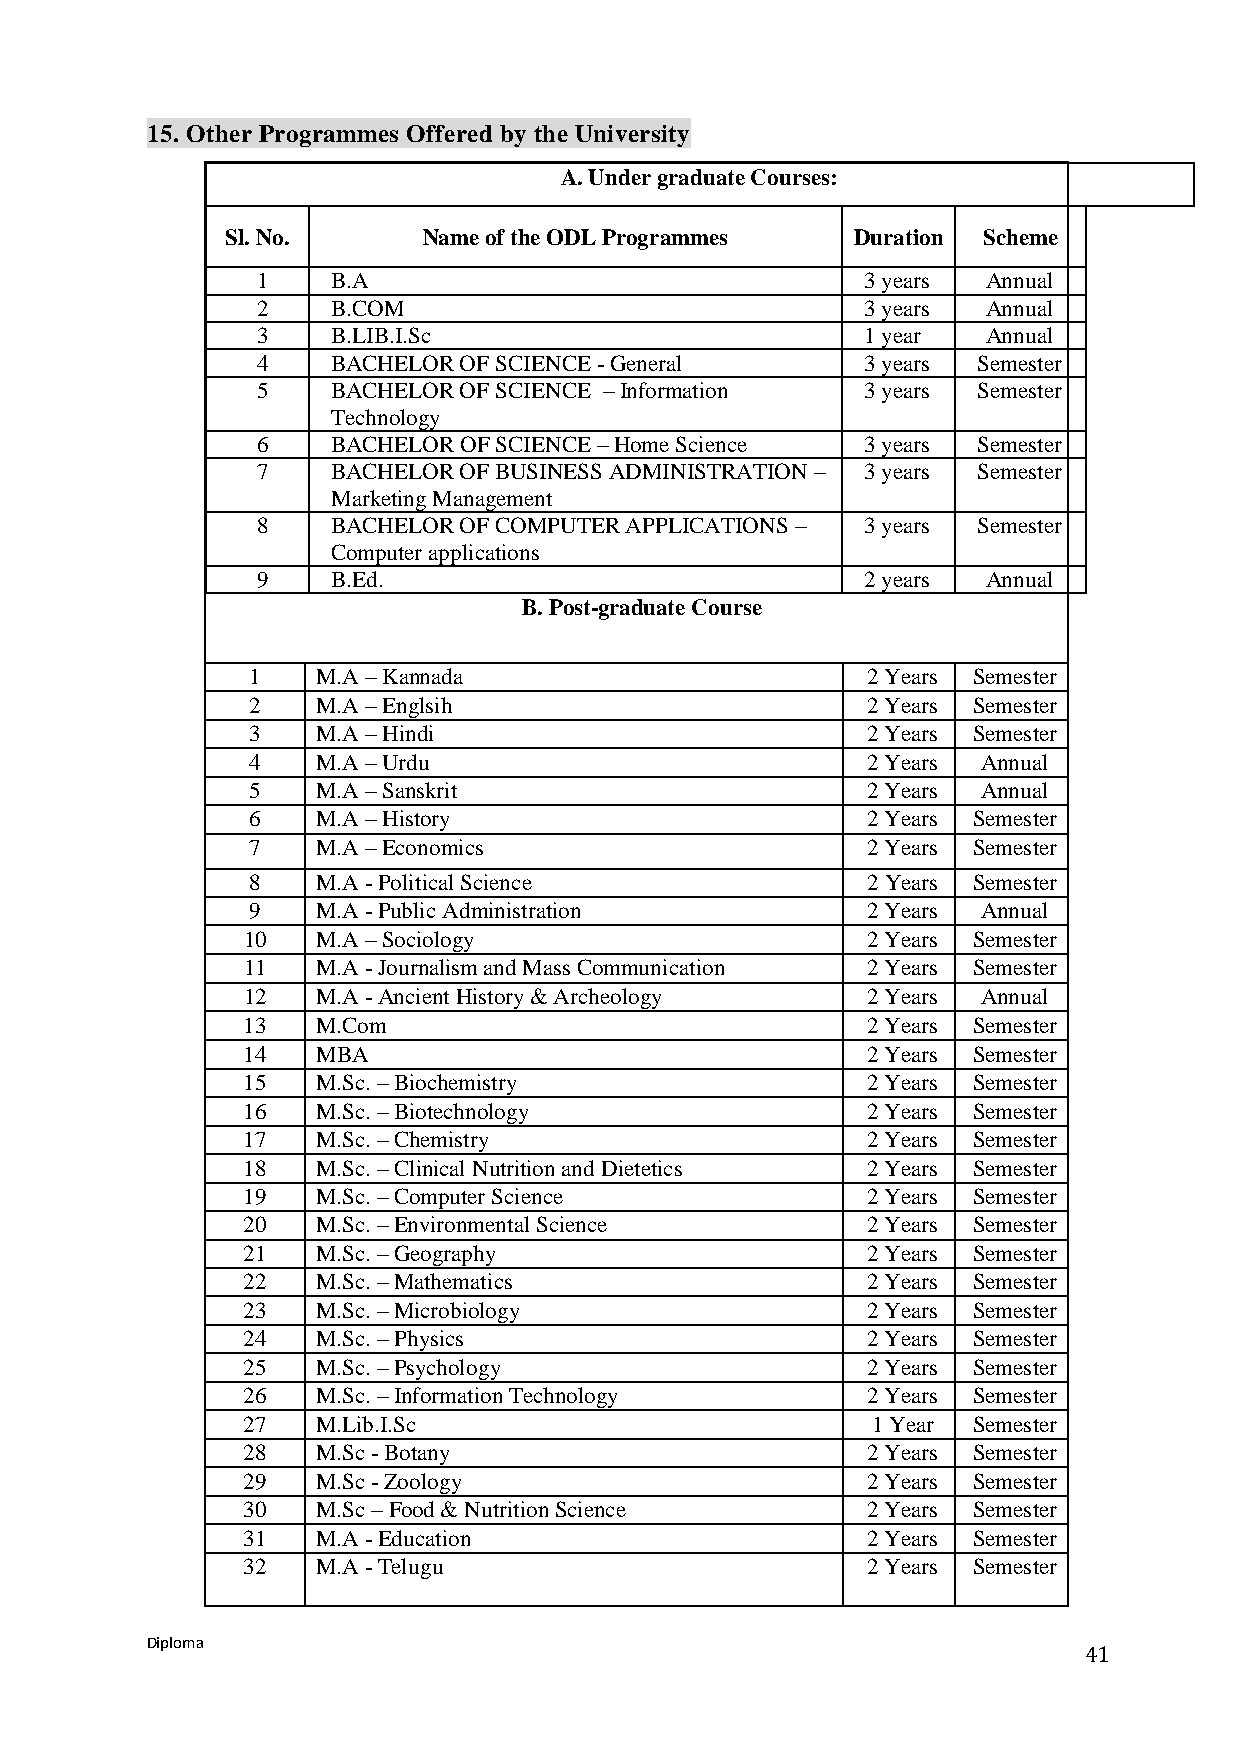
15. Other Programmes Offered by the University
 A. Under graduate Courses:
 Sl. No.      Name of the ODL Programmes   Duration Scheme
 1    B.A                                3 years Annual
 2    B.COM                              3 years Annual
 3    B.LIB.I.Sc                         1 year  Annual
 4    BACHELOR OF SCIENCE - General      3 years Semester
 5    BACHELOR OF SCIENCE – Information  3 years Semester
 Technology
 6    BACHELOR OF SCIENCE – Home Science 3 years Semester
 7    BACHELOR OF BUSINESS ADMINISTRATION – 3 years Semester
 Marketing Management
 8    BACHELOR OF COMPUTER APPLICATIONS – 3 years Semester
 Computer applications
 9    B.Ed.                              2 years Annual
 B. Post-graduate Course
 1   M.A – Kannada                       2 Years Semester
 2   M.A – Englsih                       2 Years Semester
 3   M.A – Hindi                         2 Years Semester
 4   M.A – Urdu                          2 Years Annual
 5   M.A – Sanskrit                      2 Years Annual
 6   M.A – History                       2 Years Semester
 7   M.A – Economics                     2 Years Semester
 8   M.A - Political Science             2 Years Semester
 9   M.A - Public Administration         2 Years Annual
 10   M.A – Sociology                     2 Years Semester
 11   M.A - Journalism and Mass Communication 2 Years Semester
 12   M.A - Ancient History & Archeology  2 Years Annual
 13   M.Com                               2 Years Semester
 14   MBA                                 2 Years Semester
 15   M.Sc. – Biochemistry                2 Years Semester
 16   M.Sc. – Biotechnology               2 Years Semester
 17   M.Sc. – Chemistry                   2 Years Semester
 18   M.Sc. – Clinical Nutrition and Dietetics 2 Years Semester
 19   M.Sc. – Computer Science            2 Years Semester
 20   M.Sc. – Environmental Science       2 Years Semester
 21   M.Sc. – Geography                   2 Years Semester
 22   M.Sc. – Mathematics                 2 Years Semester
 23   M.Sc. – Microbiology                2 Years Semester
 24   M.Sc. – Physics                     2 Years Semester
 25   M.Sc. – Psychology                  2 Years Semester
 26   M.Sc. – Information Technology      2 Years Semester
 27   M.Lib.I.Sc                           1 Year Semester
 28   M.Sc - Botany                       2 Years Semester
 29   M.Sc - Zoology                      2 Years Semester
 30   M.Sc – Food & Nutrition Science     2 Years Semester
 31   M.A - Education                     2 Years Semester
 32   M.A - Telugu                        2 Years Semester
 Diploma
 41